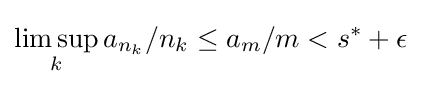
\limsup _{k}a_{n_{k}}/n_{k}\leq a_{m}/m<s^{*}+\epsilon